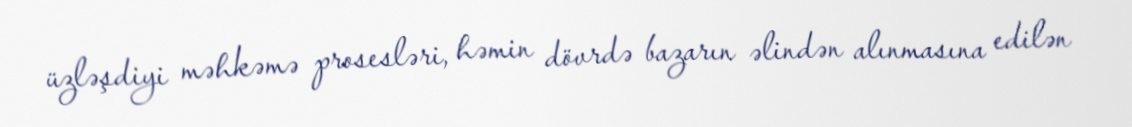
üzləşdiyi məhkəmə prosesləri, həmin dövrdə bazarın əlindən alınmasına edilən